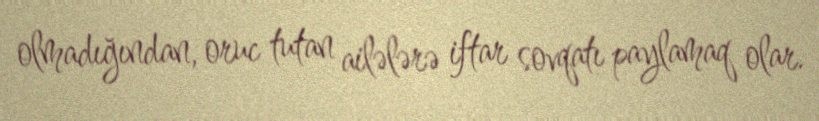
olmadığından, oruc tutan ailələrə iftar sovqatı paylamaq olar.